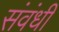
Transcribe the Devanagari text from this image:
संवंधी